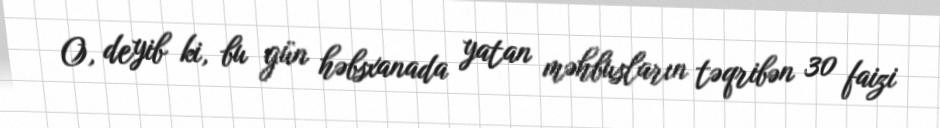
O, deyib ki, bu gün həbsxanada yatan məhbusların təqribən 30 faizi